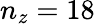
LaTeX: n_{z}=18